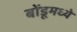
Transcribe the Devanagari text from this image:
बोंडूमध्ये